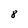
Character: 8